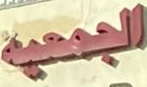
الجمعية